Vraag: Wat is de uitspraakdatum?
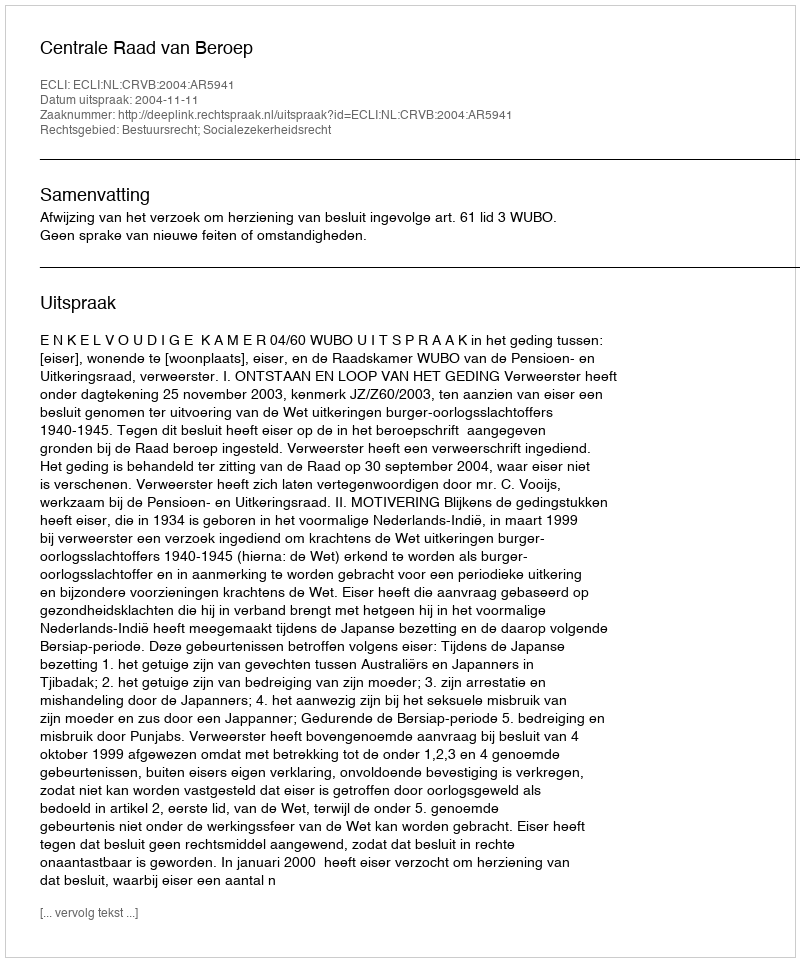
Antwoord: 2004-11-11